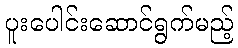
ပူးပေါင်းဆောင်ရွက်မည့်